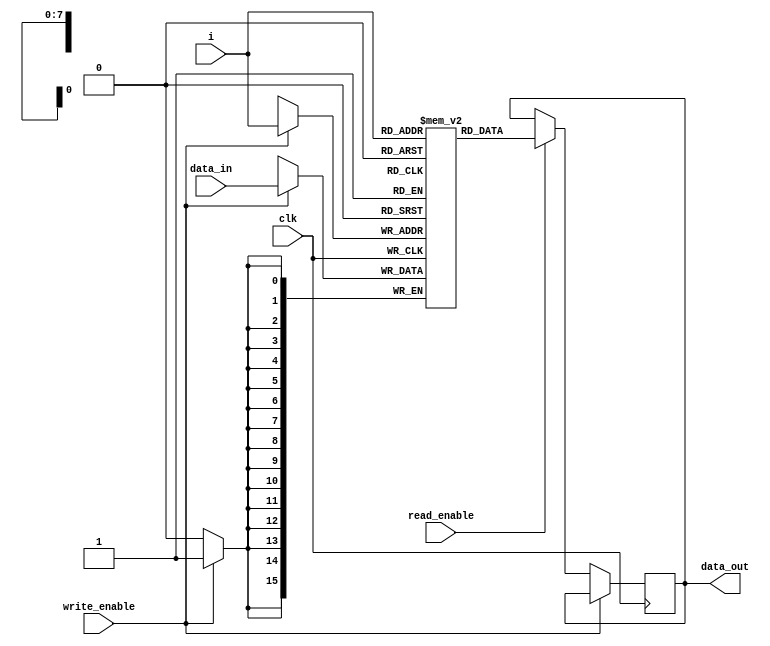
`timescale 1ns / 1ps

module V_register (
    input write_enable,
    input read_enable,
    input [7:0] i,
    
    input clk,
    input [15:0] data_in,
    output reg [15:0] data_out
);

        // Register array declaration
    reg [15:0] V [255:0];

    always @(posedge clk)
    begin
      if(write_enable == 1'b1)
      begin
        V[i] <= data_in;
      end
      else if(read_enable == 1'b1)
      begin
        data_out <= V[i];
      end
    end
    
endmodule